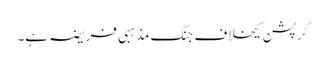
کرپشن کیخلاف جنگ مذہبی فریضہ ہے۔